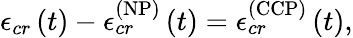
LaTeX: \mathcal{\epsilon}_{cr}\left(t\right)-\mathcal{\epsilon}_{cr}^{\left(\mathrm{NP}\right)}\left(t\right)=\mathcal{\epsilon}_{cr}^{\left(\mathrm{CCP}\right)}\left(t\right),